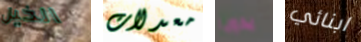
الخيل معدلات يدويا ابنائي